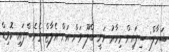
ޝަމާލް: ސިފައިން މިހާރު ވަނީ ބްލޫ ވަން އަށް އެލާޓް ގެނެސްފައި. ކޮވިޑް